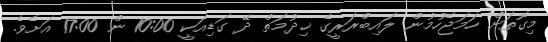
މިގޮތަށް ހަަމަޖެހުމުން ލައިބްރަރީގެ ޚިދުމަތް ދޭ ގަޑިއަކީ 10:00 ން 17:00 އަށެވެ.